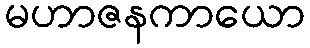
မဟာဇနကာယော